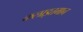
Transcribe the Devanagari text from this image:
कलाइतमान